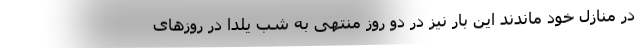
در منازل خود ماندند این بار نیز در دو روز منتهی به شب یلدا در روزهای